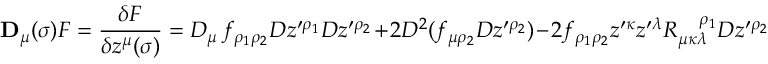
{ \bf D } _ { \mu } ( \sigma ) F = { \frac { \delta F } { \delta z ^ { \mu } ( \sigma ) } } = D _ { \mu } \, f _ { \rho _ { 1 } \rho _ { 2 } } { \cal D } z ^ { \prime \rho _ { 1 } } { \cal D } z ^ { \prime \rho _ { 2 } } + 2 { \cal D } ^ { 2 } ( f _ { \mu \rho _ { 2 } } { \cal D } z ^ { \prime \rho _ { 2 } } ) - 2 f _ { \rho _ { 1 } \rho _ { 2 } } z ^ { \prime \kappa } z ^ { \prime \lambda } R _ { \mu \kappa \lambda } ^ { { \, \, \, \, \, \, \, \, } \rho _ { 1 } } { \cal D } z ^ { \prime \rho _ { 2 } }